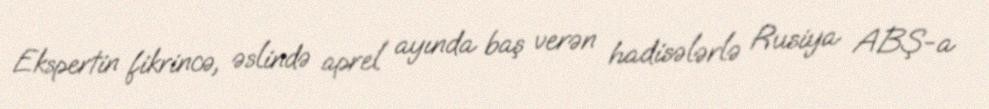
Ekspertin fikrincə, əslində aprel ayında baş verən hadisələrlə Rusiya ABŞ-a